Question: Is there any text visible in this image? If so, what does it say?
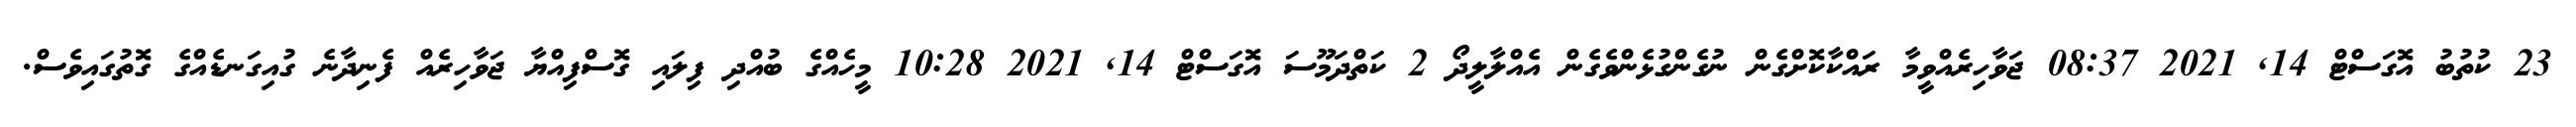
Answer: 23 ކުތުބު އޮގަސްޓް 14, 2021 08:37 ޖަވާހިރެއްވީމާ ރައްކާކޮށްގެން ނުގެންގުޅެންވެގެން އެއްލާލީދޯ 2 ކަތްދަމޫސަ އޮގަސްޓް 14, 2021 10:28 މީހެއްގެ ބުއްދި ފިލައި ގޮސްފިއްޔާ ޖަވާހިރެއް ފެނިދާނެ ގުއިގަނޑެއްގެ ގޮތުގައިވެސް.